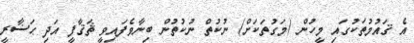
އެ ޤައުމުތަކުގައި މީހުން (މަގުތަކަށް) ނުކުތް ނުކުތުން ބިނާވެފައިވީ ޘަޤާފީ އަދި ޙަޟާރީ